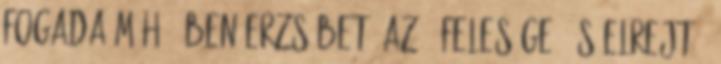
fogada méhé− ben Erzsébet, az ő felesége, és elrejtő−